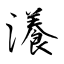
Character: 瀁